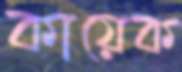
কায়েক